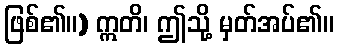
ဖြစ်၏။) ဣတိ၊ ဤသို့ မှတ်အပ်၏။